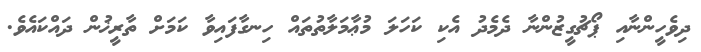
ދިވެހީންނާއި ޕޯޗުގީޒުންނާ ދެމެދު އެކި ކަހަލަ މުޢާމަލާތުތައް ހިނގާފައިވާ ކަމަށް ތާރީޚުން ދައްކައެވެ.